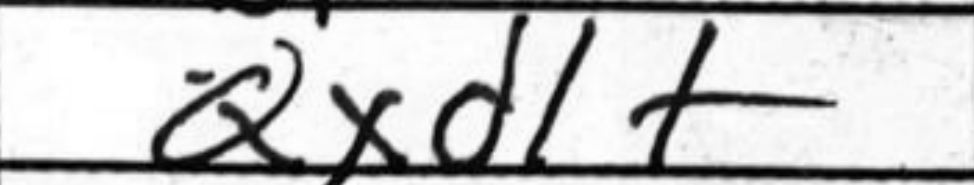
Transcription: Qxd1+